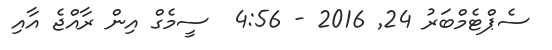
ސެޕްޓެމްބަރު 24